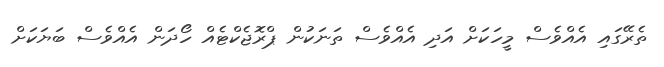
ތެރޭގައި އެއްވެސް މީހަކަށް އަދި އެއްވެސް ތަނަކުން ޕްރޮޖެކްޓެއް ހޯދަން އެއްވެސް ބަޔަކަށް